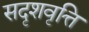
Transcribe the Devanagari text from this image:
सदृशवृत्ति